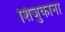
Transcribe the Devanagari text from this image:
शिजुकाना